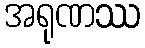
အရုဏဿ